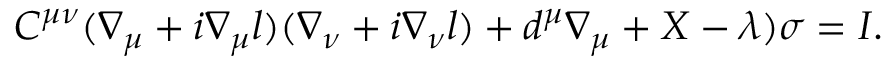
C ^ { \mu \nu } ( \nabla _ { \mu } + i \nabla _ { \mu } l ) ( \nabla _ { \nu } + i \nabla _ { \nu } l ) + d ^ { \mu } \nabla _ { \mu } + X - \lambda ) \sigma = I .